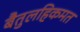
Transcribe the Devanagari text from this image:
बैतुलहिकमत